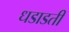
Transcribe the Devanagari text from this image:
धडाडती